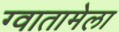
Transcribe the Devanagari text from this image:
ग्वातामेला